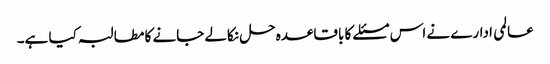
عالمی ادارے نے اس مسئلے کا باقاعدہ حل نکالے جانے کا مطالبہ کیا ہے۔